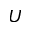
U